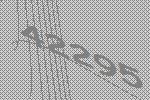
42295